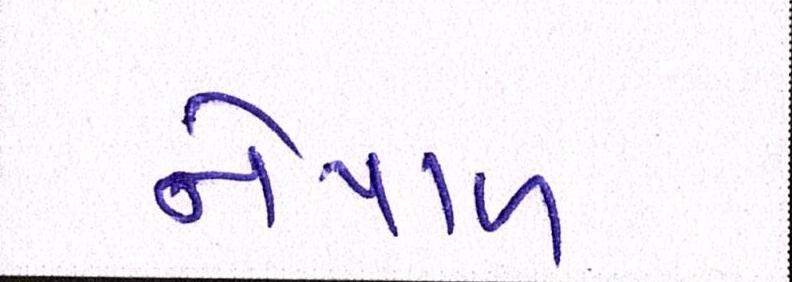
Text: નેપાળ